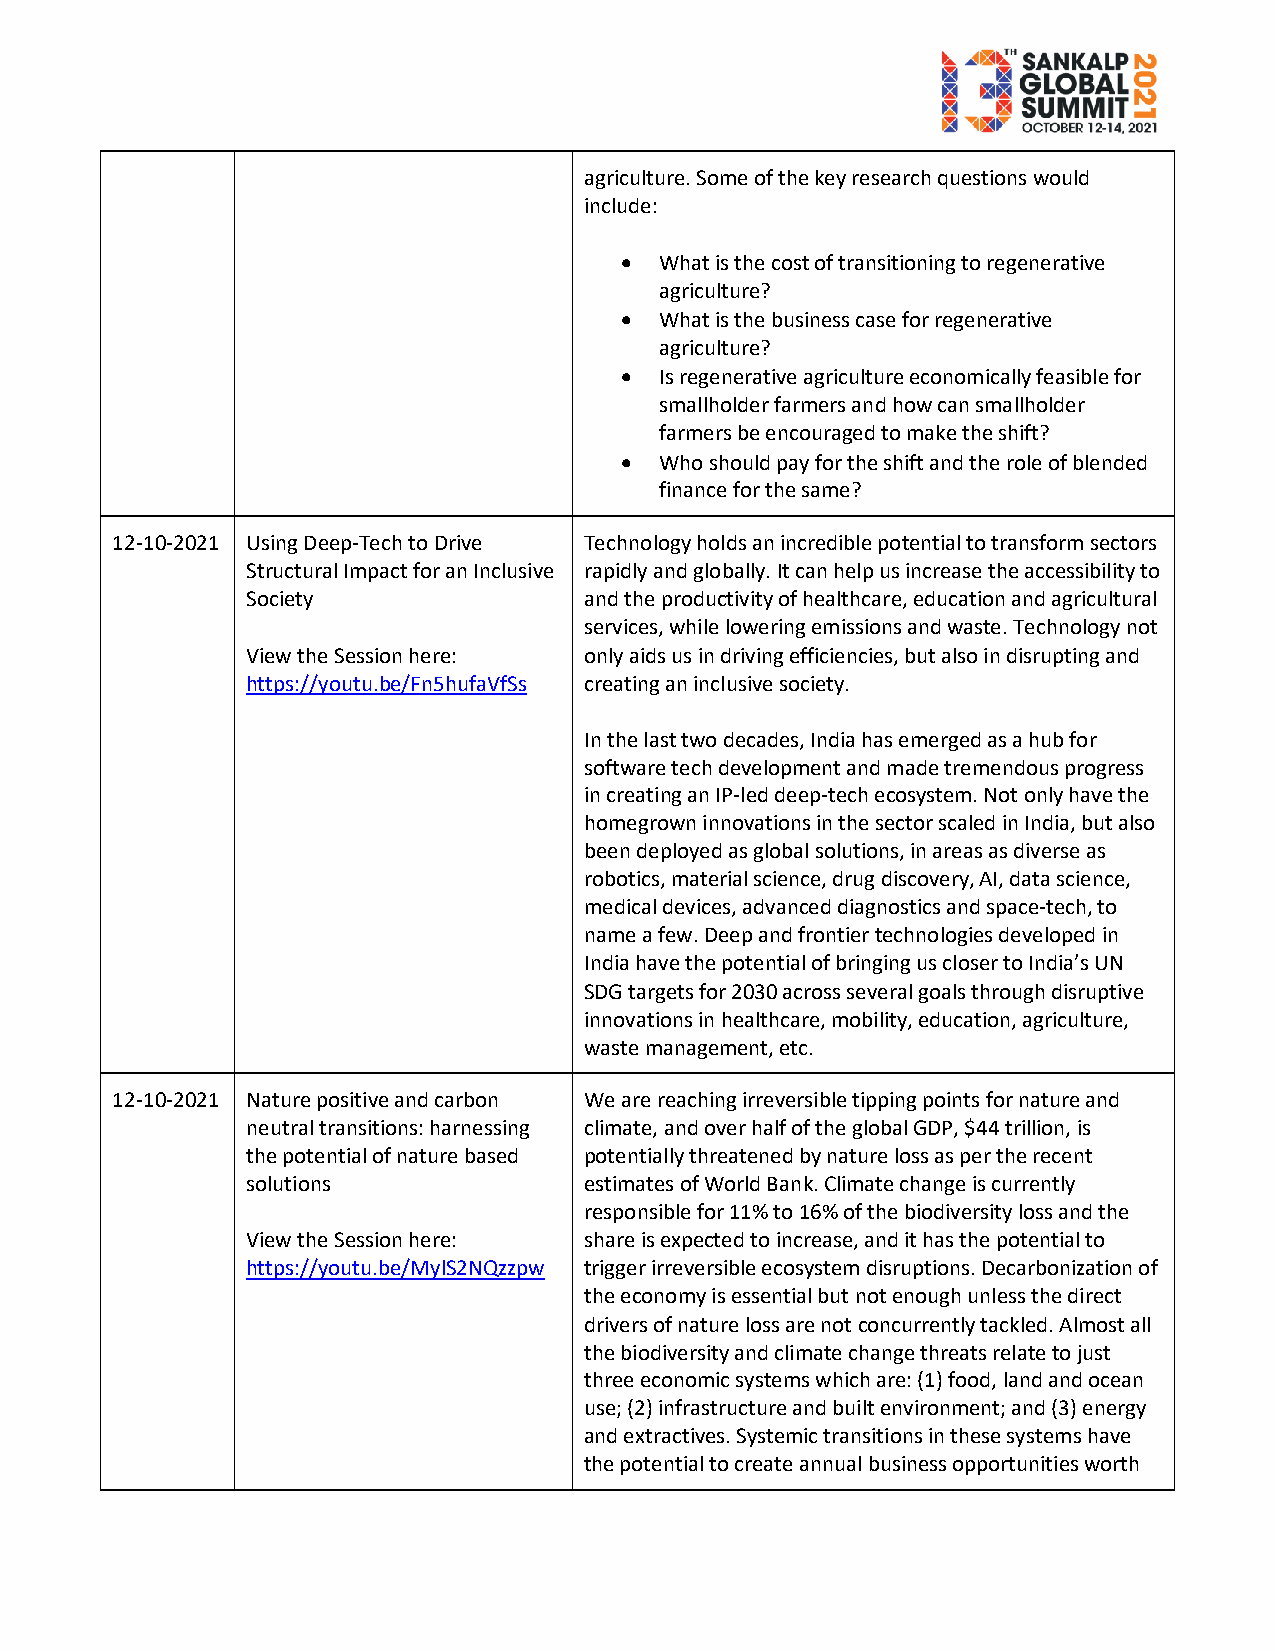
agriculture. Some of the key research questions would
 include:
   What is the cost of transitioning to regenerative
 agriculture?
   What is the business case for regenerative
 agriculture?
   Is regenerative agriculture economically feasible for
 smallholder farmers and how can smallholder
 farmers be encouraged to make the shift?
   Who should pay for the shift and the role of blended
 finance for the same?
 12-10-2021 Using Deep-Tech to Drive Technology holds an incredible potential to transform sectors
 Structural Impact for an Inclusive rapidly and globally. It can help us increase the accessibility to
 Society                and the productivity of healthcare, education and agricultural
 services, while lowering emissions and waste. Technology not
 View the Session here: only aids us in driving efficiencies, but also in disrupting and
 https://youtu.be/Fn5hufaVfSs creating an inclusive society.
 In the last two decades, India has emerged as a hub for
 software tech development and made tremendous progress
 in creating an IP-led deep-tech ecosystem. Not only have the
 homegrown innovations in the sector scaled in India, but also
 been deployed as global solutions, in areas as diverse as
 robotics, material science, drug discovery, AI, data science,
 medical devices, advanced diagnostics and space-tech, to
 name a few. Deep and frontier technologies developed in
 India have the potential of bringing us closer to India’s UN
 SDG targets for 2030 across several goals through disruptive
 innovations in healthcare, mobility, education, agriculture,
 waste management, etc.
 12-10-2021 Nature positive and carbon We are reaching irreversible tipping points for nature and
 neutral transitions: harnessing climate, and over half of the global GDP, $44 trillion, is
 the potential of nature based potentially threatened by nature loss as per the recent
 solutions              estimates of World Bank. Climate change is currently
 responsible for 11% to 16% of the biodiversity loss and the
 View the Session here: share is expected to increase, and it has the potential to
 https://youtu.be/MylS2NQzzpw trigger irreversible ecosystem disruptions. Decarbonization of
 the economy is essential but not enough unless the direct
 drivers of nature loss are not concurrently tackled. Almost all
 the biodiversity and climate change threats relate to just
 three economic systems which are: (1) food, land and ocean
 use; (2) infrastructure and built environment; and (3) energy
 and extractives. Systemic transitions in these systems have
 the potential to create annual business opportunities worth